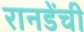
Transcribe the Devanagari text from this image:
रानडेंची